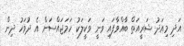
އަދި މިއަދު ޝަރީއަތް ބާއްވާފައި ވަނީ ވަކީލަކު ހަމަޖައްސަން އެ ދުވަހު ދިން